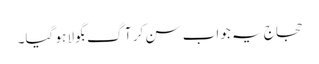
حجاج یہ جواب سن کر آگ بگولا ہو گیا۔